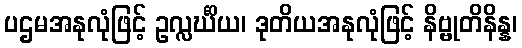
ပဌမအနုလုံဖြင့် ဥလ္လင်္ဃိယ၊ ဒုတိယအနုလုံဖြင့် နိဗ္ဗုတိနိန္န၊